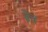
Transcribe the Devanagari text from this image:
ब्रेच